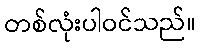
တစ်လုံးပါဝင်သည်။